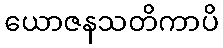
ယောဇနသတိကာပိ